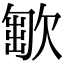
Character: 𣣯